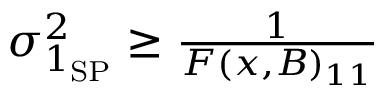
\begin{array} { r } { \sigma _ { 1 _ { \mathrm { S P } } } ^ { 2 } \geq \frac { 1 } { F ( x , B ) _ { 1 1 } } } \end{array}